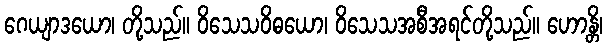
ဂေယျာဒယော၊ တို့သည်။ ဝိသေသဝိဓယော၊ ဝိသေသအစီအရင်တို့သည်။ ဟောန္တိ၊